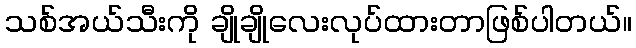
သစ်အယ်သီးကို ချိုချိုလေးလုပ်ထားတာဖြစ်ပါတယ်။